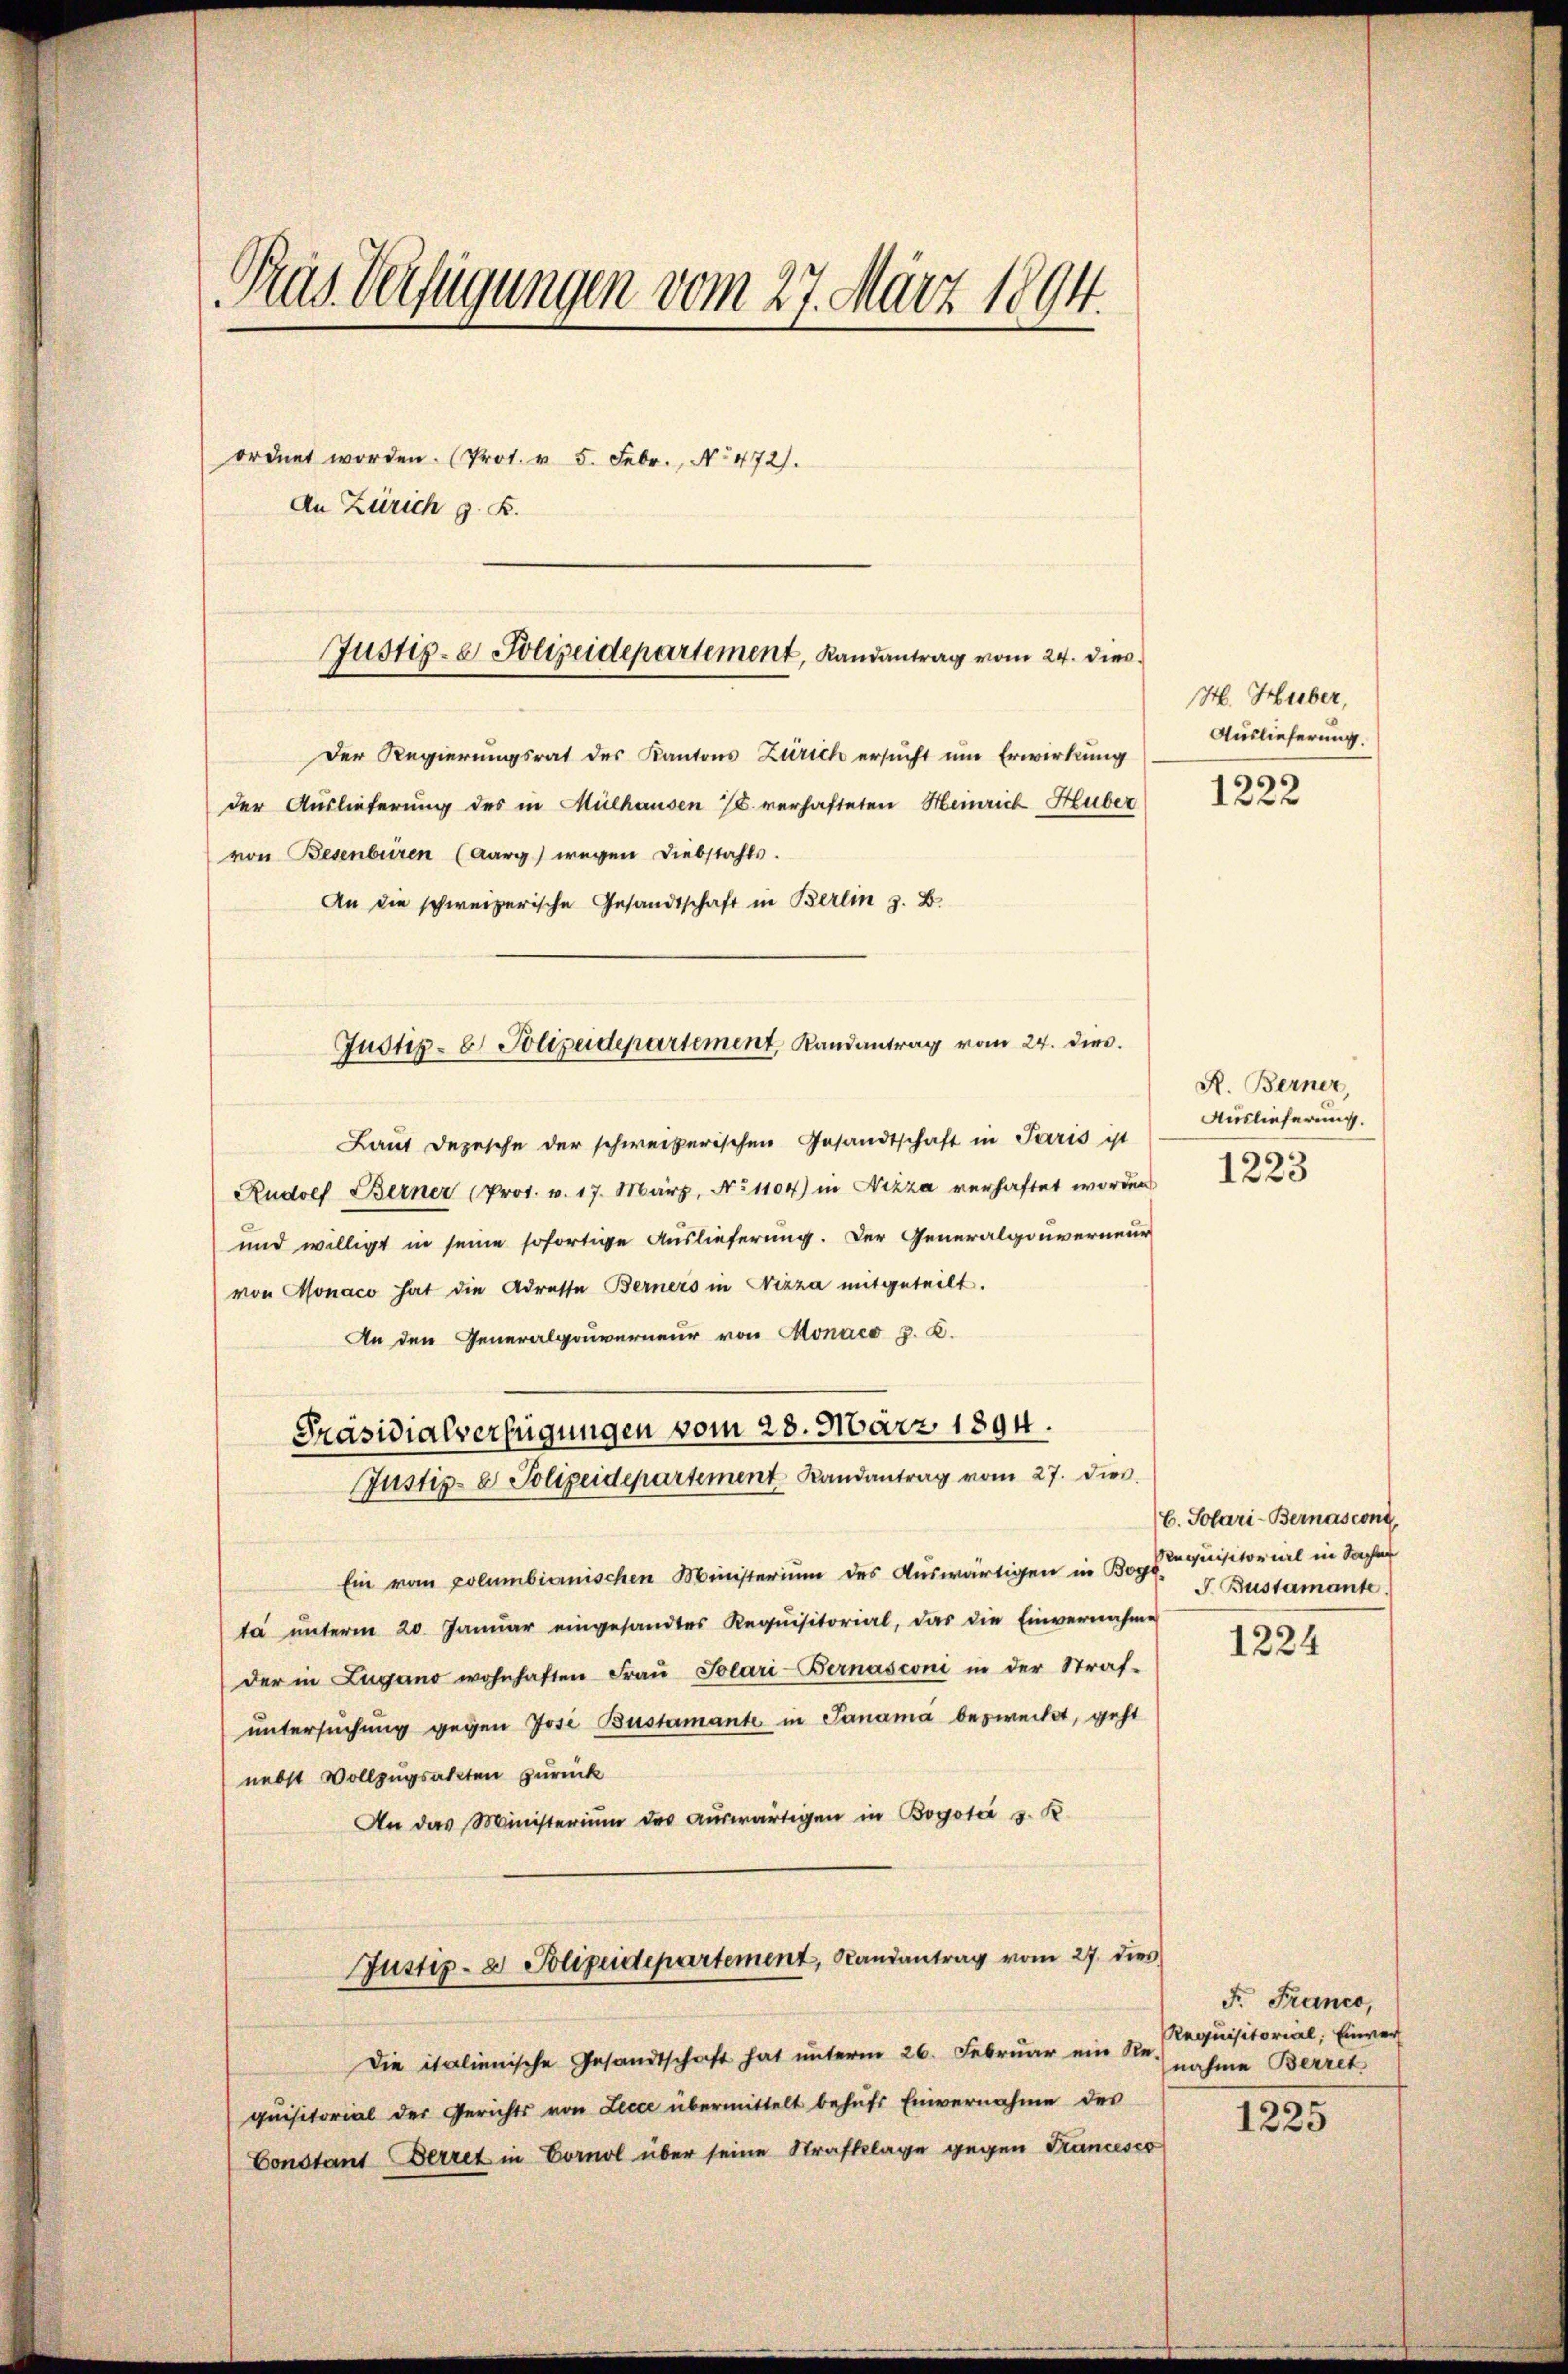
Pras Verfügungen vom 27. März 1894.
ordnet worden. (Prot. v. 5. Febr., No 472.
An Zürich z. B.
Justiz- & Polizeidepartement, Randantrag vom 24. dies

der Auslieferung des in Mülhausen 26. verhafteten Heinrich Huber
(von Besenberen (Aarg) wegen Diebstahls.
An die schweizerische Gesandtschaft in Berlin z. B.

Der Regierungsrat des Kantons Zürich ersucht um Erwirkung

Laut Depesche der schweizerischen Gesandtschaft in Paris ist
Rudolf Berner (Prot. v. 17. März, No 1104) in Nizza verhaftet worden
und willigt in seine sofortige Auslieferung. Der Generalgouverneur
von Monaco hat die Adresse Berners in Nizza mitgeteilt.
An den Generalgouverneur von Monaco z. B.
Justiz- & Polizeidepartement Landantrag vom 27. dies
Ein vom polumbianischen Ministerium des Auswärtigen in Kopf requisitorial in Sachen
ta ŭnterm 20. Januar eingesandtes Requisitorial, das die Einvernahme
der in Zugano wohnhaften Fraŭ Solari-Bernasconi in der Straf-
untersuchung gegen Jose Bustamante in Janama bezweckt, geht
nebst Vollzugsakten zurück
An das Ministerium des auswärtigen in Bogotić s. R
Justiz- & Polizeidepartement, Randantrag vom 27. dies
Die italienische Gesandtschaft hat unterm 26. Februar ein Nr. nahme Berret
quisitorial der Gerichts von Lecce übermittelt behŭfs Einvernahme des
Constant Berret in Cornol über seine Strafklage gegen Francesco

Justiz- & Polizeidepartement, Randantrag vom 24. die

Präsidialverfügungen vom 28. März 1894.

H. Huber,
Auslieferung.
1222

R. Berner,
Auslieferung.
1223

C. Solari-Bernascons
J. Bustamante.

1224

F. Franco,
Requisitorial, Einver
s
1225